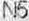
N5